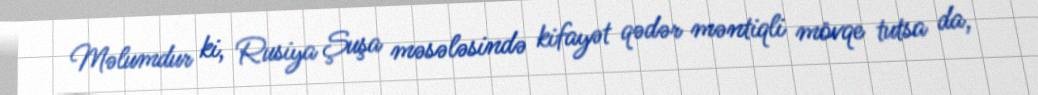
Məlumdur ki, Rusiya Şuşa məsələsində kifayət qədər məntiqli mövqe tutsa da,